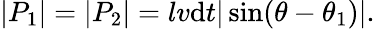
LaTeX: |P_{1}|=|P_{2}|=lv\mathrm{d}t|\sin(\theta-\theta_{1})|.